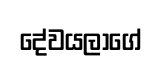
දේවයලාගේ